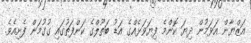
އަޒްޔާން އަޅަމުން ދިޔަ ކޮންމެ ފިޔަވަޅެއްގެ އަޑު ބަތޫލްގެ ކަންފަތުގައި ގުގުމަން ފެށިއެވެ.